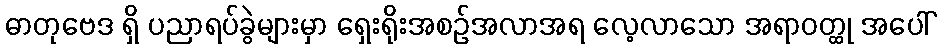
ဓာတုဗေဒ ရှိ ပညာရပ်ခွဲများမှာ ရှေးရိုးအစဉ်အလာအရ လေ့လာသော အရာဝတ္ထု အပေါ်